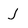
Character: J